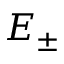
E _ { \pm }